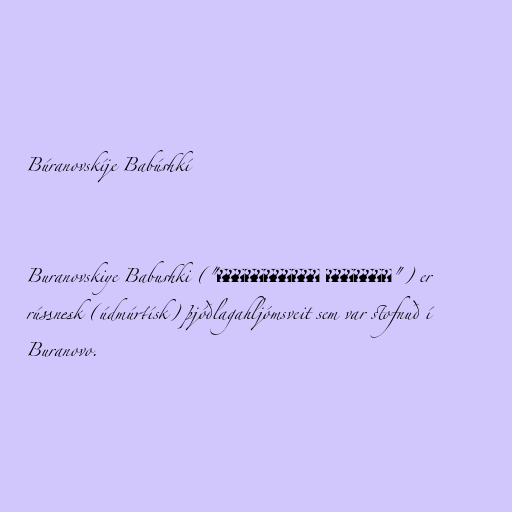
Búranovskíje Babúshkí

Buranovskiye Babushki ("Бурановские Бабушки") er
rússnesk (údmúrtísk) þjóðlagahljómsveit sem var stofnuð í
Buranovo.